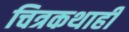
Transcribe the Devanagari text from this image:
चित्रकथाही